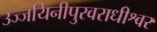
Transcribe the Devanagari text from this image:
उज्जयिनीपुरवराधीश्वर